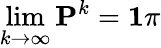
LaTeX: \operatorname*{lim}_{k\rightarrow\infty}\mathbf{P}^{k}=\mathbf{1}\pi